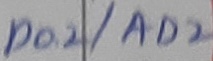
Text: P0.2/AD2